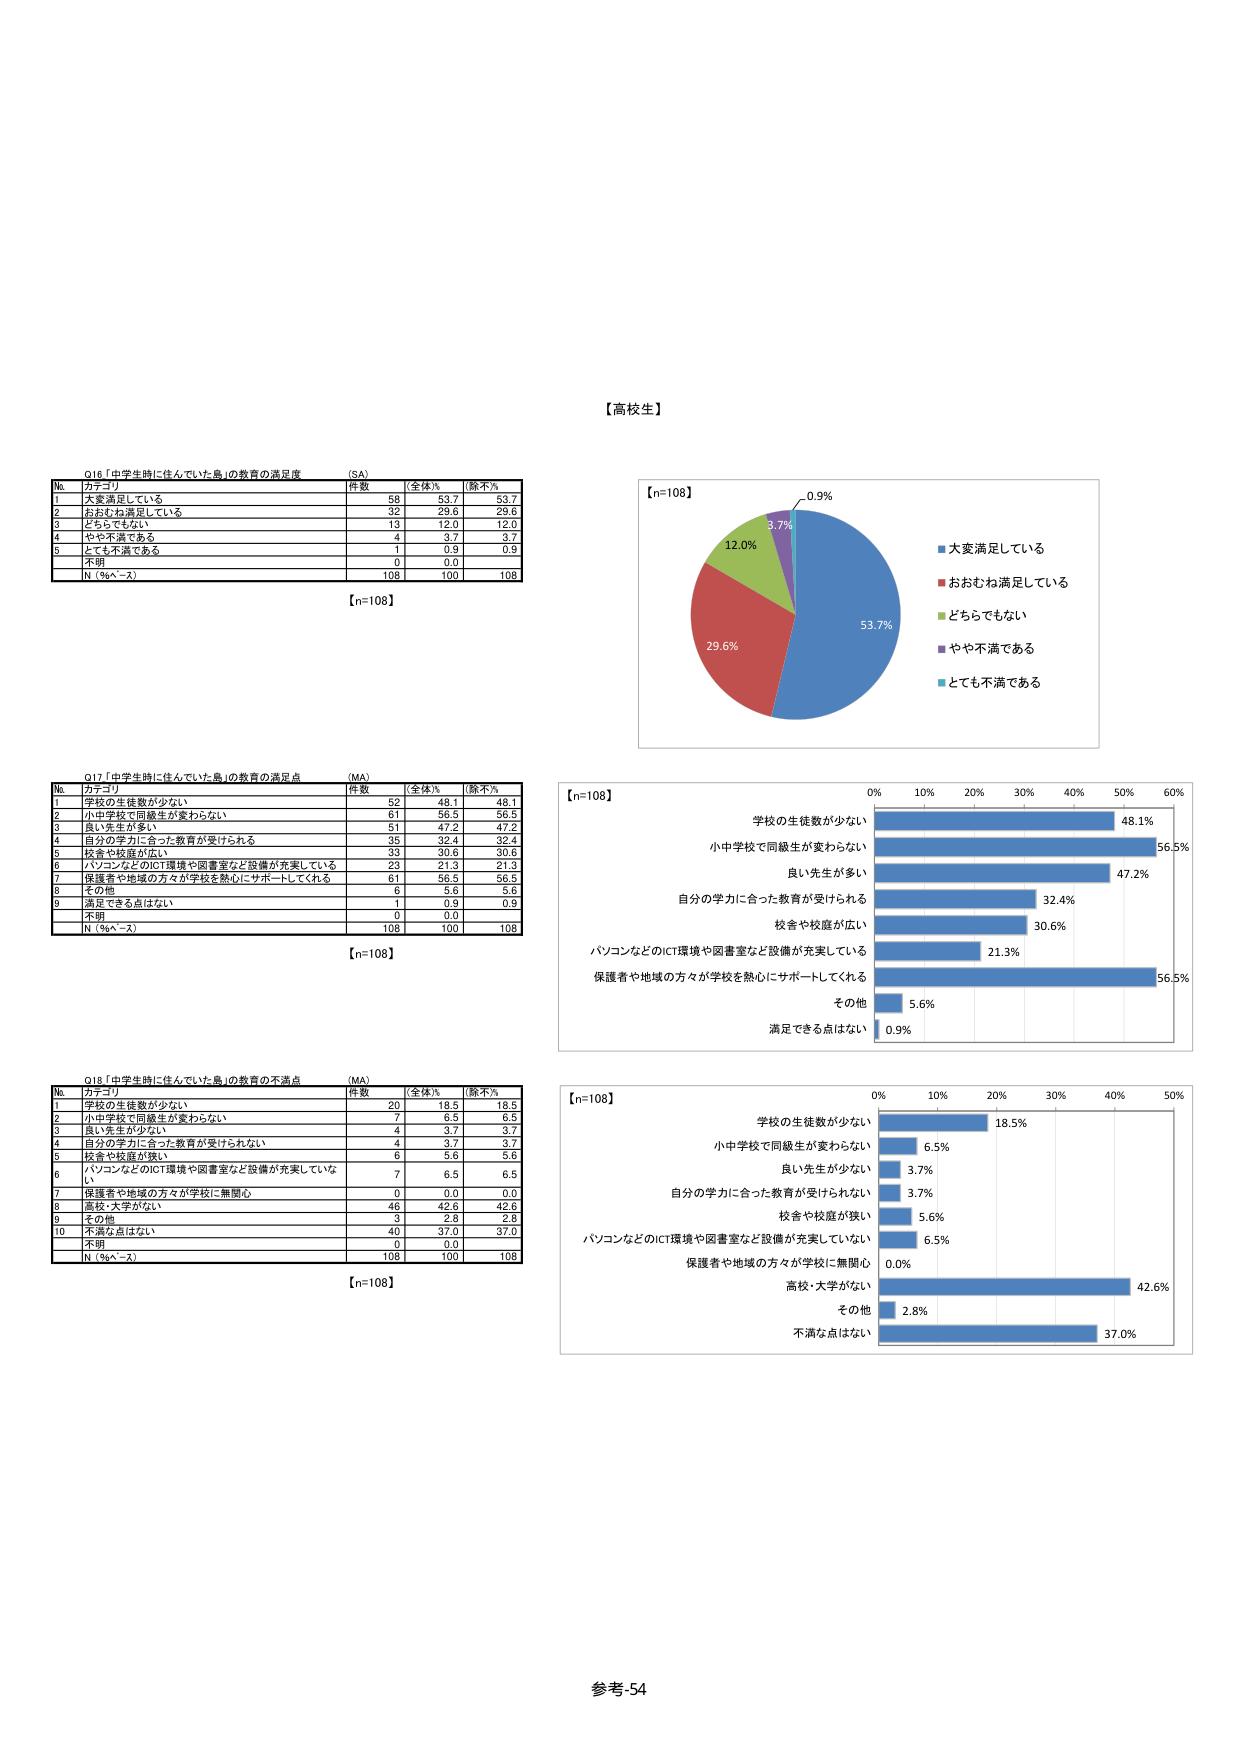
【高校生】

Q16「中学生時に住んでいた島」の教育の満足度 (SA)
№ カテゴリ 件数 （全体％） （除不％）
1 大変満足している 58 53.7 53.7
2 おおむね満足している 32 29.6 29.6
3 どちらでもない 13 12.0 12.0
4 やや不満である 4 3.7 3.7
5 とても不満である 1 0.9 0.9
不明 0 0.0
N（％へ－x） 108 100 108
【n=108】

Q17「中学生時に住んでいた島」の教育の満足点 (MA)
№ カテゴリ 件数 （全体％） （除不％）
1 学校の生徒数が少ない 52 48.1 48.1
2 小中学校で同級生が変わらない 61 56.5 56.5
3 良い先生が多い 51 47.2 47.2
4 自分の学力に合った教育が受けられる 35 32.4 32.4
5 校舎や校庭が広い 33 30.6 30.6
6 パソコンなどのICT環境や図書室など設備が充実している 23 21.3 21.3
7 保護者や地域の方々が学校を熱心にサポートしてくれる 61 56.5 56.5
8 その他 6 5.6 5.6
9 満足できる点はない 1 0.9 0.9
不明 0 0.0
N（％へ－x） 108 100 108
【n=108】

Q18「中学生時に住んでいた島」の教育の不満点 (MA)
№ カテゴリ 件数 （全体％） （除不％）
1 学校の生徒数が少ない 20 18.5 18.5
2 小中学校で同級生が変わらない 7 6.5 6.5
3 良い先生が少ない 4 3.7 3.7
4 自分の学力に合った教育が受けられない 4 3.7 3.7
5 校舎や校庭が狭い 6 5.6 5.6
6 パソコンなどのICT環境や図書室など設備が充実していない 7 6.5 6.5
7 保護者や地域の方々が学校に無関心 0 0.0 0.0
8 高校・大学がない 46 42.6 42.6
9 その他 3 2.8 2.8
10 不満な点はない 40 37.0 37.0
不明 0 0.0
N（％へ－x） 108 100 108
【n=108】

【n=108】
53.7%
29.6%
12.0%
3.7%
0.9%
■大変満足している
■おおむね満足している
■どちらでもない
■やや不満である
■とても不満である

【n=108】
0% 10% 20% 30% 40% 50% 60%
学校の生徒数が少ない 48.1%
小中学校で同級生が変わらない 56.5%
良い先生が多い 47.2%
自分の学力に合った教育が受けられる 32.4%
校舎や校庭が広い 30.6%
パソコンなどのICT環境や図書室など設備が充実している 21.3%
保護者や地域の方々が学校を熱心にサポートしてくれる 56.5%
その他 5.6%
満足できる点はない 0.9%

【n=108】
0% 10% 20% 30% 40% 50%
学校の生徒数が少ない 18.5%
小中学校で同級生が変わらない 6.5%
良い先生が少ない 3.7%
自分の学力に合った教育が受けられない 3.7%
校舎や校庭が狭い 5.6%
パソコンなどのICT環境や図書室など設備が充実していない 6.5%
保護者や地域の方々が学校に無関心 0.0%
高校・大学がない 42.6%
その他 2.8%
不満な点はない 37.0%

参考-54